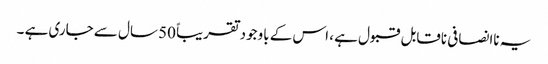
یہ ناانصافی ناقابل قبول ہے ، اس کے باوجود تقریباً 50 سال سے جاری ہے ۔